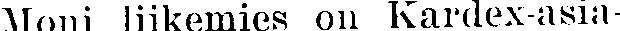
Moni liikemies on Kardex-asia-